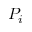
P _ { i }